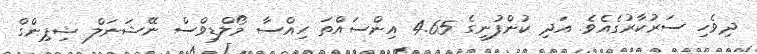
ދިވެހި ސަރުކާރުގެއެވެ. އަދި ކުންފުނީގެ 4.65 އިންސައެްތަ ހިއްސާ މޯލްޑިވްސް ނޭޝަނަލް ޝިޕިންގް